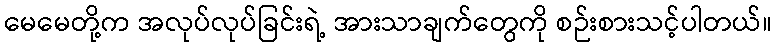
မေမေတို့က အလုပ်လုပ်ခြင်းရဲ့ အားသာချက်တွေကို စဉ်းစားသင့်ပါတယ်။